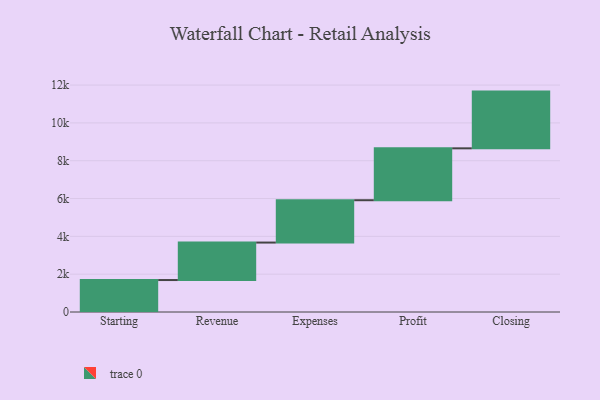
{"axis": {"x": "Step", "y": "Value"}, "legend": [""], "data": [{"x": "Starting", "y": 1690.0, "type": ""}, {"x": "Revenue", "y": 1982.0, "type": ""}, {"x": "Expenses", "y": 2239.0, "type": ""}, {"x": "Profit", "y": 2744.0, "type": ""}, {"x": "Closing", "y": 3000, "type": ""}]}